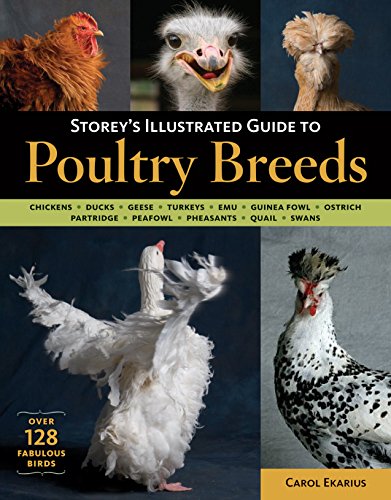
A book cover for Storey's Illustrated Guide to Poultry Breeds; Carol Ekarius; Science & Math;